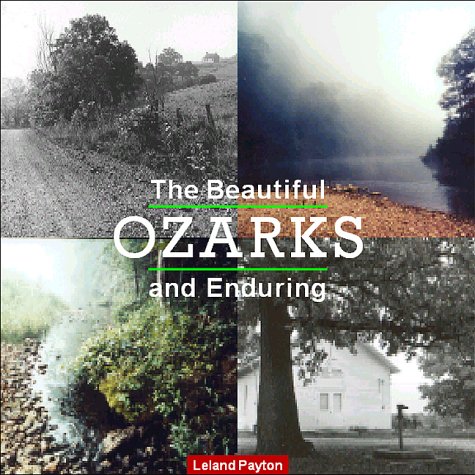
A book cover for The Beautiful and Enduring Ozarks; Leland Payton; Travel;